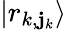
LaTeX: |r_{k,\mathbf{j}_{k}}\rangle